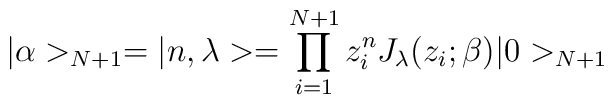
|\alpha >_{N+1}=|n,\lambda>=\prod_{i=1}^{N+1} z_i^nJ_\lambda(z_i;\beta)|0>_{N+1}